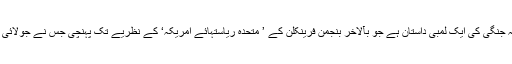
شمالی امریکہ میں یورپی آباد کاروں کی آپسی خانہ جنگی کی ایک لمبی داستان ہے جو بآلاخر بنجمن فرینکلن کے ’ متحدہ ریاستہائے امریکہ‘ کے نظریے تک پہنچی جس نے جولائی 1776ء میں ارضی شکل اختیار کرنا شروع کی ۔